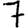
Digit: 7